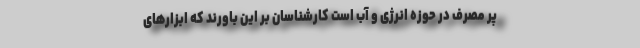
پر مصرف در حوزه انرژی و آب است کارشناسان بر این باورند که ابزارهای